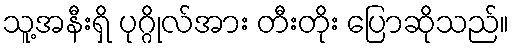
သူ့အနီးရှိ ပုဂ္ဂိုလ်အား တီးတိုး ပြောဆိုသည်။